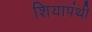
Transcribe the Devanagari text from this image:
शियापंथी